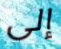
إلى